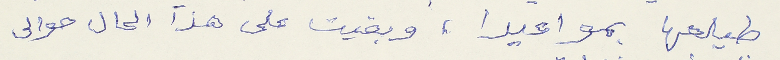
طيلعها بمواعيدا، وبقيت على هذا الحال حوالى